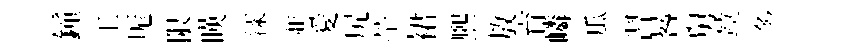
鐘玉厖限暎漾並愛尻塋裙熈敖育嶙瓜習晷舅竝多